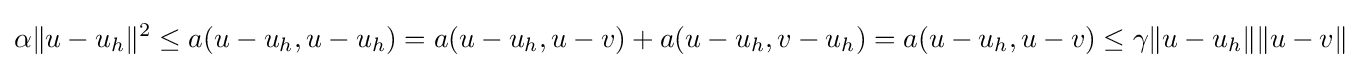
\alpha \|u-u_{h}\|^{2}\leq a(u-u_{h},u-u_{h})=a(u-u_{h},u-v)+a(u-u_{h},v-u_{h})=a(u-u_{h},u-v)\leq \gamma \|u-u_{h}\|\|u-v\|